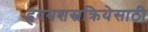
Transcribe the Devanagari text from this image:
हृदयशस्त्रक्रियेसाठी